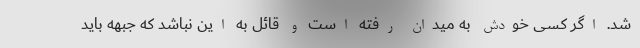
شد. اگر کسی خودش به میدان رفته است و قائل به این نباشد که جبهه باید